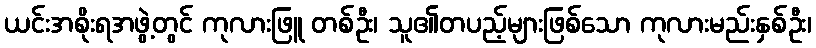
ယင်းအစိုးရအဖွဲ့တွင် ကုလားဖြူ တစ်ဦး၊ သူ၏တပည့်များဖြစ်သော ကုလားမည်းနှစ်ဦး၊